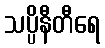
သပ္ပိနီတီရေ